Annual administration report of the Civil Veterinary Department of India - 1895-1896
Year: 1895
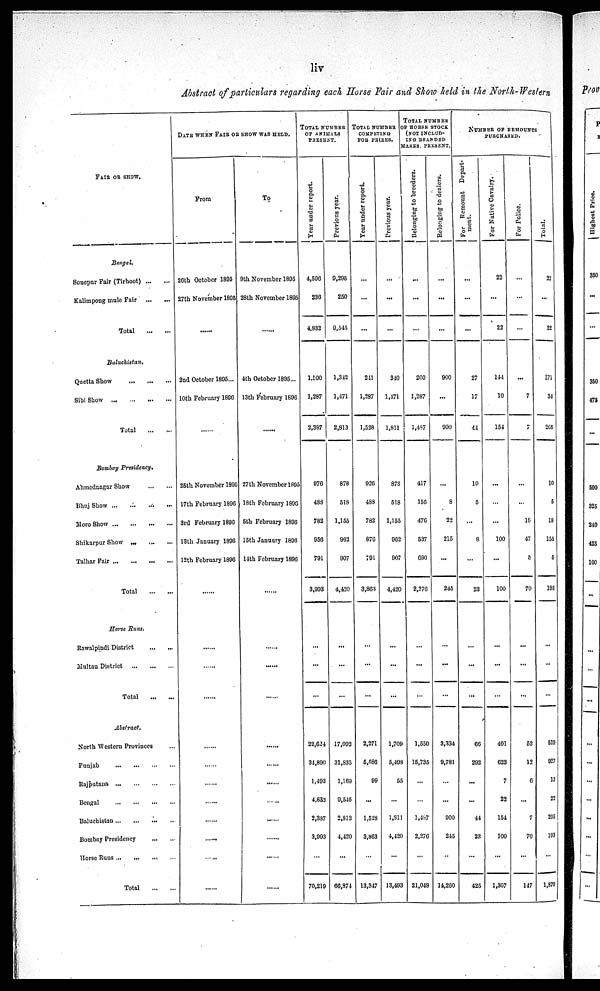
liv
Abstract of particulars regarding each Horse Fair and Show held in the North-Western
FAIR OR SHOW.
Bengal.
Sonepur Fair (Tirhoot)
...
...
Kalimpong mule Fair
...
...
Total
...
...
Baluchistan.
Quetta Show
...
...
...
Sibi Show
...
...
...
...
Total
...
...
Bombay
Presidency.
Ahmednagar Show
...
...
Bhuj Show
...
...
...
...
Moro Show
...
...
...
...
Shikarpur Show . ... ... ... ...
Talhar Fair
...
...
...
...
Total ... ... ... ...
Horse Runs.
Rawalpindi District ... ... ...
Multan District
...
...
...
Total ... ... ...
Abstract.
North Western Provinces ... ... ...
Punjab
...
...
...
...
Rajputana
...
...
...
...
Bengal
...
...
...
...
Baluchistan
...
...
...
...
Bombay Presidency ... ... ... ...
Horse Runs ... ... ... ...
Total
DATE WHEN FAIR OR SNOW WAS HELD.
From
26th October 1895
27th November 1896
......
......
2nd October 1895...
10th February 1890
......
25th November 1895
17th February 1896
3rd February 189G
13th January 1896
12th February 1896
......
......
......
......
......
......
......
......
......
......
......
......
......
To
9th November 1895
28th November 1895
......
......
4th October 1895...
13th February 1896
......
27th November 1895
18th February 1890
5th February 1896
15th January 1896
14th February 1890
......
......
......
......
......
......
......
......
......
......
......
......
TOTAL NUMBER
OF ANIMALS
PRESENT.
Year
under report.
4,596
236
4,832
1,100
1,287
2,387
976
483
782
956
791
3,993
...
...
...
22,624
34,800
1,493
4,832
2,387
3,993
...
70,219
Previous year.
9,295
250
9,545
1,342
1,471
2,813
878
518
1,155
962
907
4,420
...
...
...
17,092
31,835
1,169
9,545
2,813
4,420
...
66,874
TOTAL NUMBER
COMPETING
FOR PRIZES.
Year under report.
...
...
...
241
1,287
1,528
926
488
782
876
791
3,863
...
...
...
2,271
6,586
99
...
1,528
3,863
...
13,347
Previous year.
...
...
...
310
1,171
1,811
878
518
1,155
962
907
4,420
...
...
...
1,709
5,499
55
...
1,811
4,420
...
13,493
TOTAL NUMBER
OF HORSE STOCK
(NOT IN
CLUD-
ING BRANDED
MARES PRESENT.
Belonging to breeders.
...
...
...
200
1,287
1,487
417
150
476
537
690
2,270
...
...
...
1,550
15,735
...
...
1,487
2,276
...
21,048
Belonging
to dealers.
...
...
...
900
...
900
...
8
22
215
...
245
...
...
...
3,334
9,781
...
...
900
245
...
14,260
NUMBER OF REMOUNTS
PURCHASED.
For Remount Depart-
ment.
...
...
...
27
17
44
10
5
...
8
...
23
...
...
...
66
292
...
...
44
23
...
425
For Native Cavalry.
22
...
22
144
10
154
...
...
...
100
...
100
...
...
...
401
623
7
22
154
100
...
1,307
For Police.
...
...
...
...
7
7
...
...
18
47
5
70
...
...
...
52
12
6
...
7
70
...
147
Total.
22
...
22
171
34
205
10
5
18
155
6
193
...
...
...
519
927
13
22
205
193
...
1,879